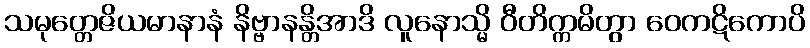
သမုတ္တေဇိယမာနာနံ နိဗ္ဗာနန္တိအာဒိ လူနောသ္မိ ဝီတိက္ကမိတွာ ဝေကဋိကောပိ